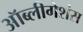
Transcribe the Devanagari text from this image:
ऑब्लीगेशंस